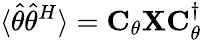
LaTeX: \langle\widehat{\theta}\widehat{\theta}^{H}\rangle=\mathbf{C}_{\theta}\mathbf{X}\mathbf{C}_{\theta}^{\dagger}